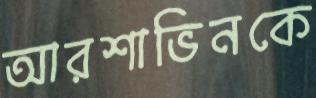
আরশাভিনকে